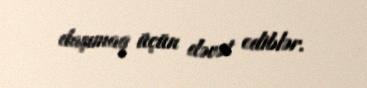
daşımaq üçün dəvət ediblər.